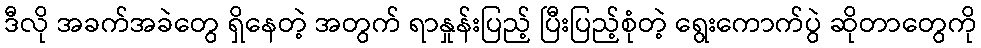
ဒီလို အခက်အခဲတွေ ရှိနေတဲ့ အတွက် ရာနှုန်းပြည့် ပြီးပြည့်စုံတဲ့ ရွေးကောက်ပွဲ ဆိုတာတွေကို